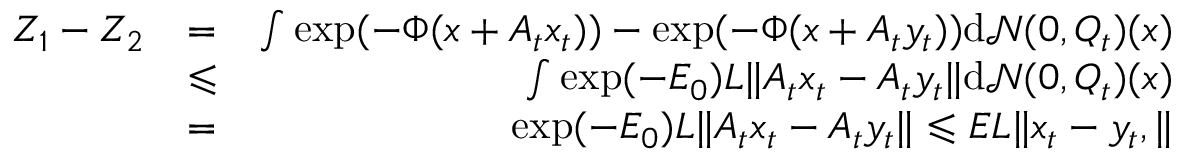
\begin{array} { r l r } { Z _ { 1 } - Z _ { 2 } } & { = } & { \int \exp ( - \Phi ( x + A _ { t } x _ { t } ) ) - \exp ( - \Phi ( x + A _ { t } y _ { t } ) ) \mathrm { d } \mathcal { N } ( 0 , Q _ { t } ) ( x ) } \\ & { \leqslant } & { \int \exp ( - E _ { 0 } ) L \| A _ { t } x _ { t } - A _ { t } y _ { t } \| \mathrm { d } \mathcal { N } ( 0 , Q _ { t } ) ( x ) } \\ & { = } & { \exp ( - E _ { 0 } ) L \| A _ { t } x _ { t } - A _ { t } y _ { t } \| \leqslant E L \| x _ { t } - y _ { t } , \| } \end{array}